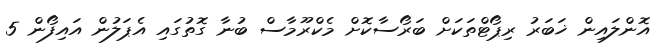
އޮންލައިން ޚަބަރު ރިޕޯޓްތަކަށް ބަރޯސާކޮށް މެކްރޫމާސް ބުނާ ގޮތުގައި އެޕަލުން އައިފޯން 5